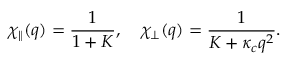
\chi _ { \parallel } ( q ) = \frac { 1 } { 1 + K } , \quad \chi _ { \perp } ( q ) = \frac { 1 } { K + \kappa _ { c } q ^ { 2 } } .